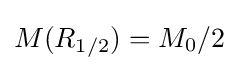
M(R_{1/2})=M_{0}/2